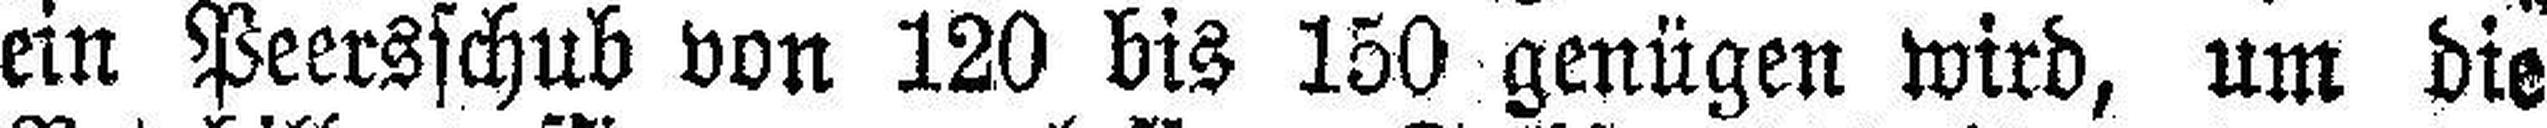
ein Peersschub von 120 bis 150 genügen wird, um die